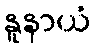
နူနာယံ